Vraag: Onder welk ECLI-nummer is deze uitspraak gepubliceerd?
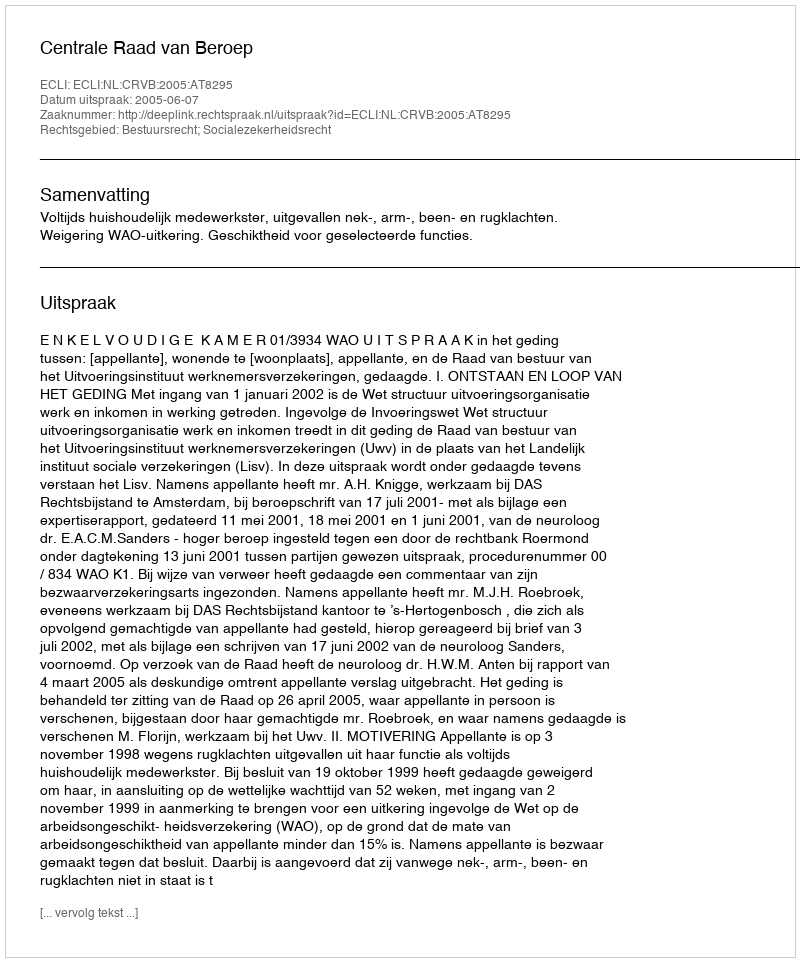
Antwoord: ECLI:NL:CRVB:2005:AT8295